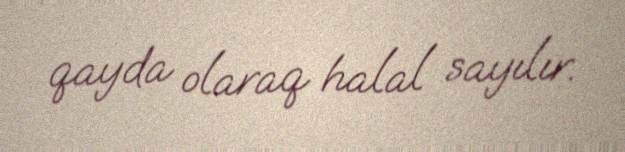
qayda olaraq halal sayılır.